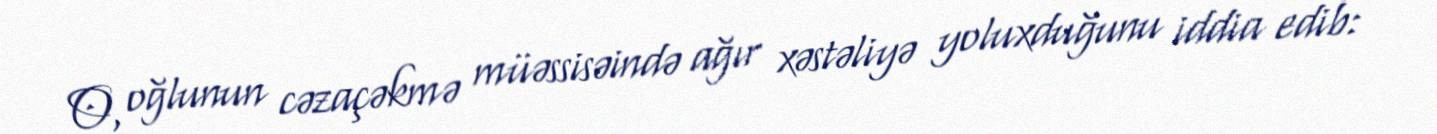
O, oğlunun cəzaçəkmə müəssisəində ağır xəstəliyə yoluxduğunu iddia edib: